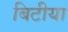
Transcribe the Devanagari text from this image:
बिटीया